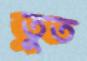
তুত